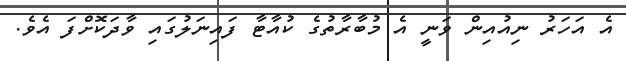
އެ އަހަރު ނިއުއިން ވަނީ އެ މުބާރާތުގެ ކުއާޓާ ފައިނަލުގައި ވާދަކޮށްފަ އެވެ.